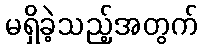
မရှိခဲ့သည့်အတွက်